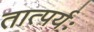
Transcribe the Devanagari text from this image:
तात्पर्यः